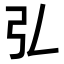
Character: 𢎞